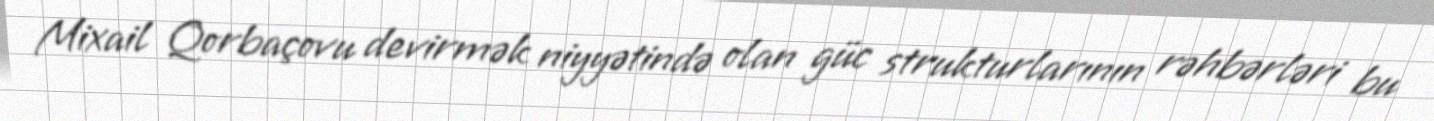
Mixail Qorbaçovu devirmək niyyətində olan güc strukturlarının rəhbərləri bu